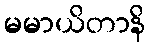
မမာယိတာနိ